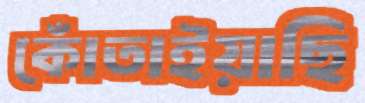
কোঁতাইয়াছি